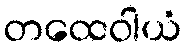
တထေဝါယံ